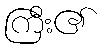
ကြီး၏